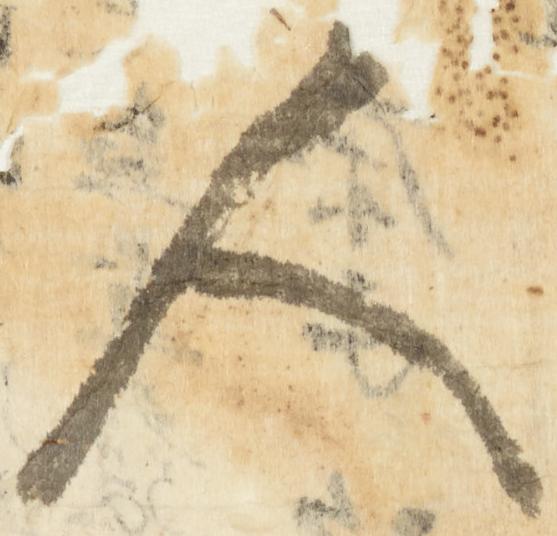
人